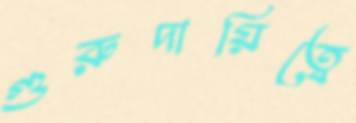
গুরুদায়িত্বে